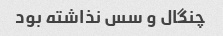
چنگال و سس نذاشته بود